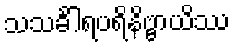
သသင်္ခါရပရိနိဗ္ဗာယိဿ